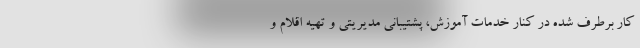
کار برطرف شده در کنار خدمات آموزش، پشتیبانی مدیریتی و تهیه اقلام و